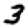
Digit: 3